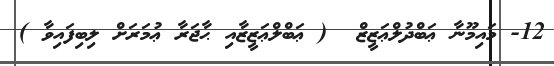
12- މައިމޫނާ ޢަބްދުލްޢަޒީޒް  ( ޢަބްލްޢަޒީޒާއި ޙާޖަރާ ޢުމަރަށް ލިބިފައިވާ )